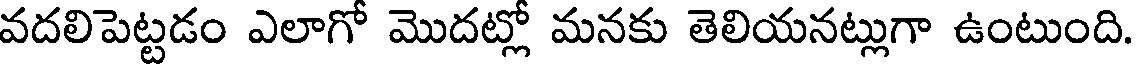
వదలిపెట్టడం ఎలాగో మొదట్లో మనకు తెలియనట్లుగా ఉంటుంది.